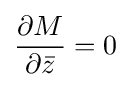
{\frac {\partial M}{\partial {\bar {z}}}}=0